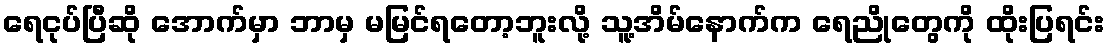
ရေငုပ်ပြီဆို အောက်မှာ ဘာမှ မမြင်ရတော့ဘူးလို့ သူ့အိမ်နောက်က ရေညိုတွေကို ထိုးပြရင်း